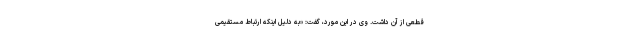
قطعی از آن داشت. وی در این مورد، گفت: «به دلیل اینکه ارتباط مستقیمی